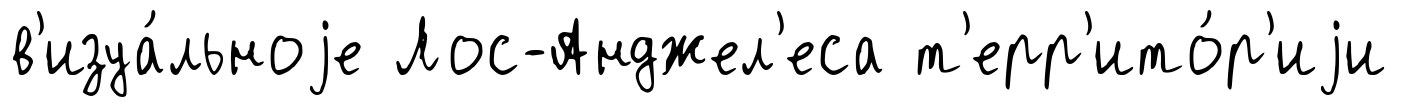
в'изуа́льноjе Лос-Анджел'еса т'ерр'ито́р'иjи